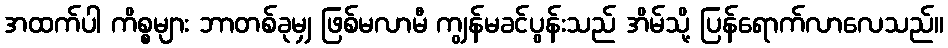
အထက်ပါ ကိစ္စများ ဘာတစ်ခုမျှ ဖြစ်မလာမီ ကျွန်မခင်ပွန်းသည် အိမ်သို့ ပြန်ရောက်လာလေသည်။